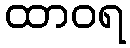
ထာဝရ